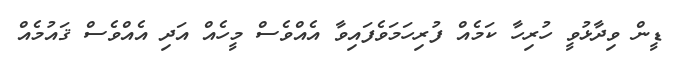
ޑީން ވިދާޅުވީ ހުރިހާ ކަމެއް ފުރިހަމަވެފައިވާ އެއްވެސް މީހެއް އަދި އެއްވެސް ޤައުމެއް